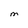
Character: M